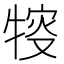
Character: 𤚔